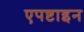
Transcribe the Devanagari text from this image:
एपष्टाइन